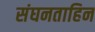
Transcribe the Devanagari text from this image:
संघनताहिन